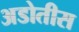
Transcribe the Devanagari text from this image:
अडोतीस